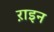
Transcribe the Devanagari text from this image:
ऱाइन